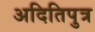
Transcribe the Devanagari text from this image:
अदितिपुत्र